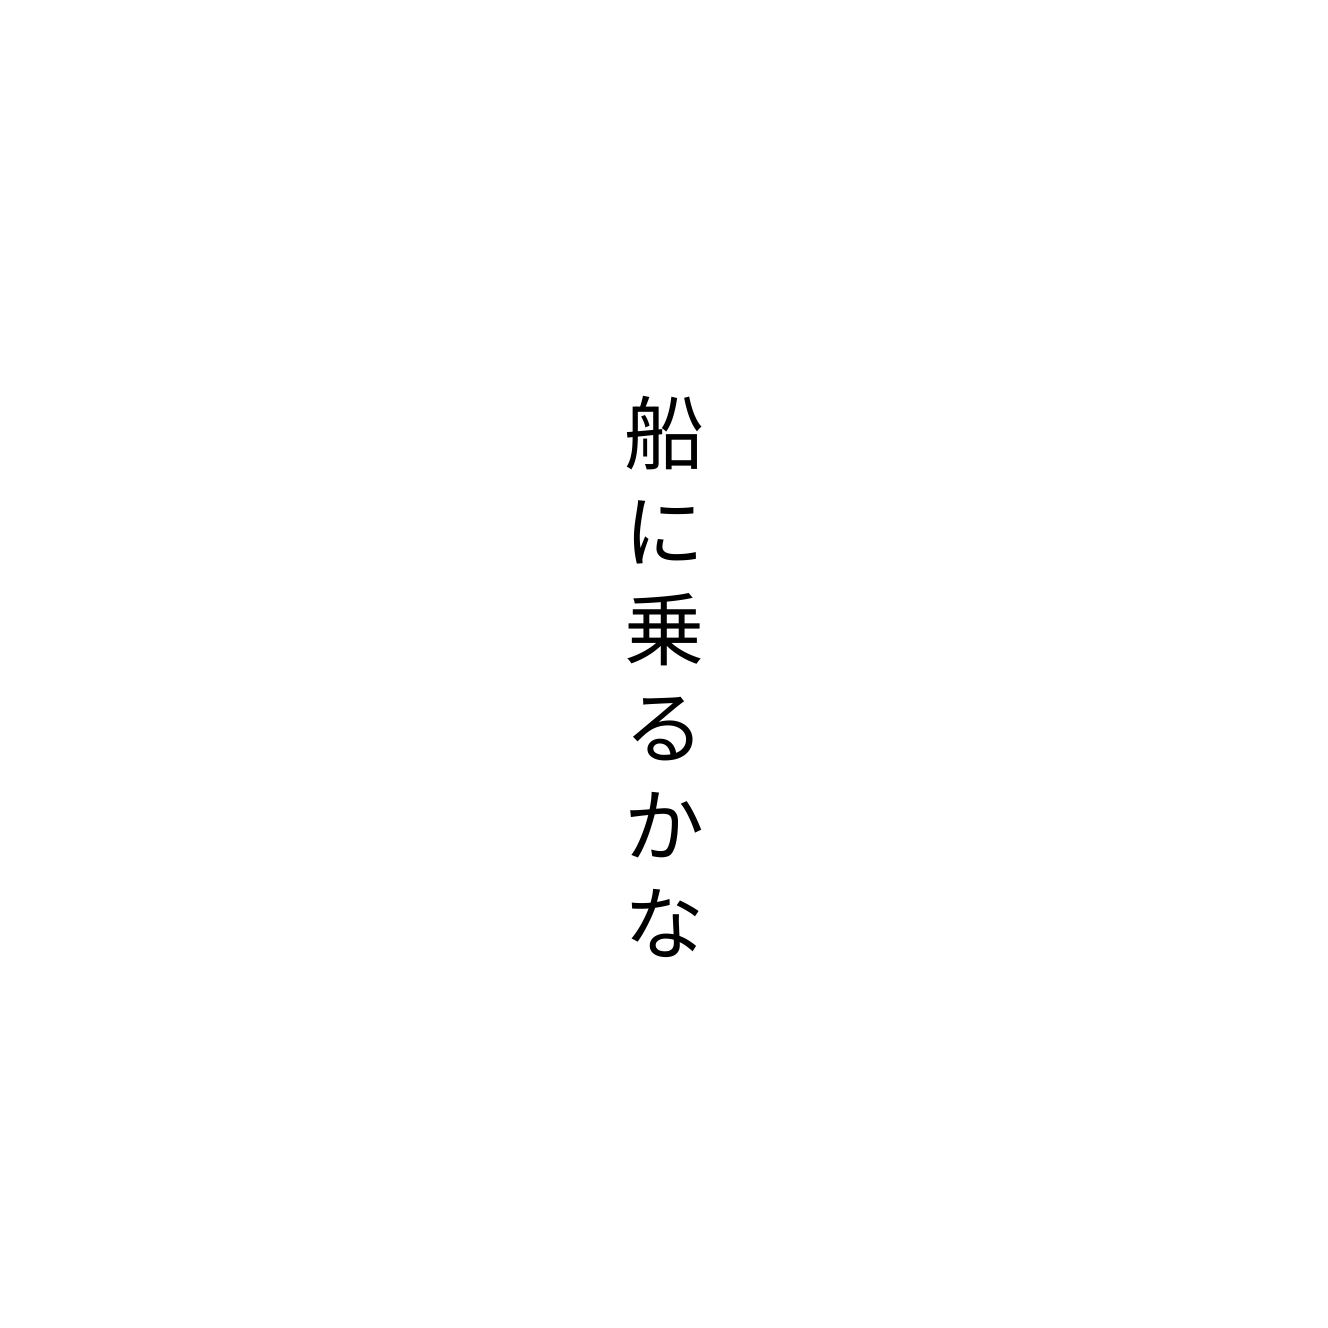
船に乗るかな